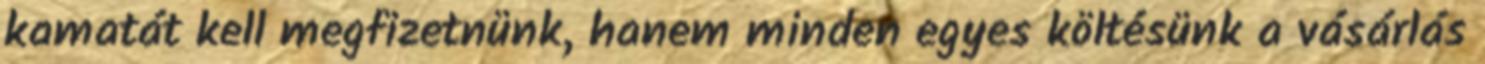
kamatát kell megfizetnünk, hanem minden egyes költésünk a vásárlás